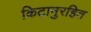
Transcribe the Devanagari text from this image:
किटानुरहित